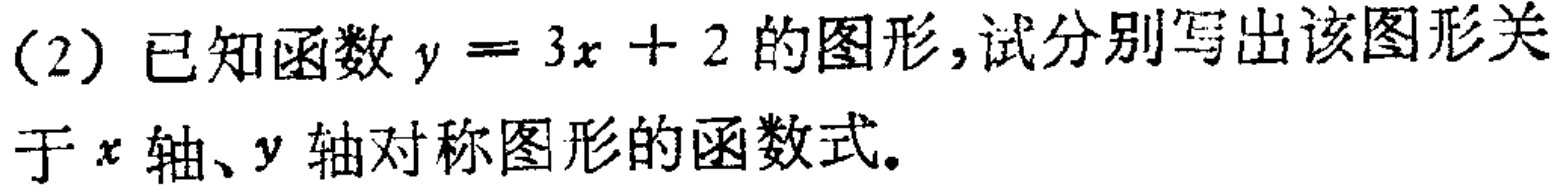
(2) 已知函数$y = 3x + 2$的图形,试分别写出该图形关于$x$轴、$y$轴对称图形的函数式。